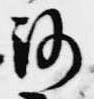
路